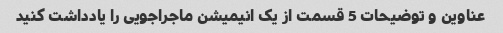
عناوین و توضیحات 5 قسمت از یک انیمیشن ماجراجویی را یادداشت کنید